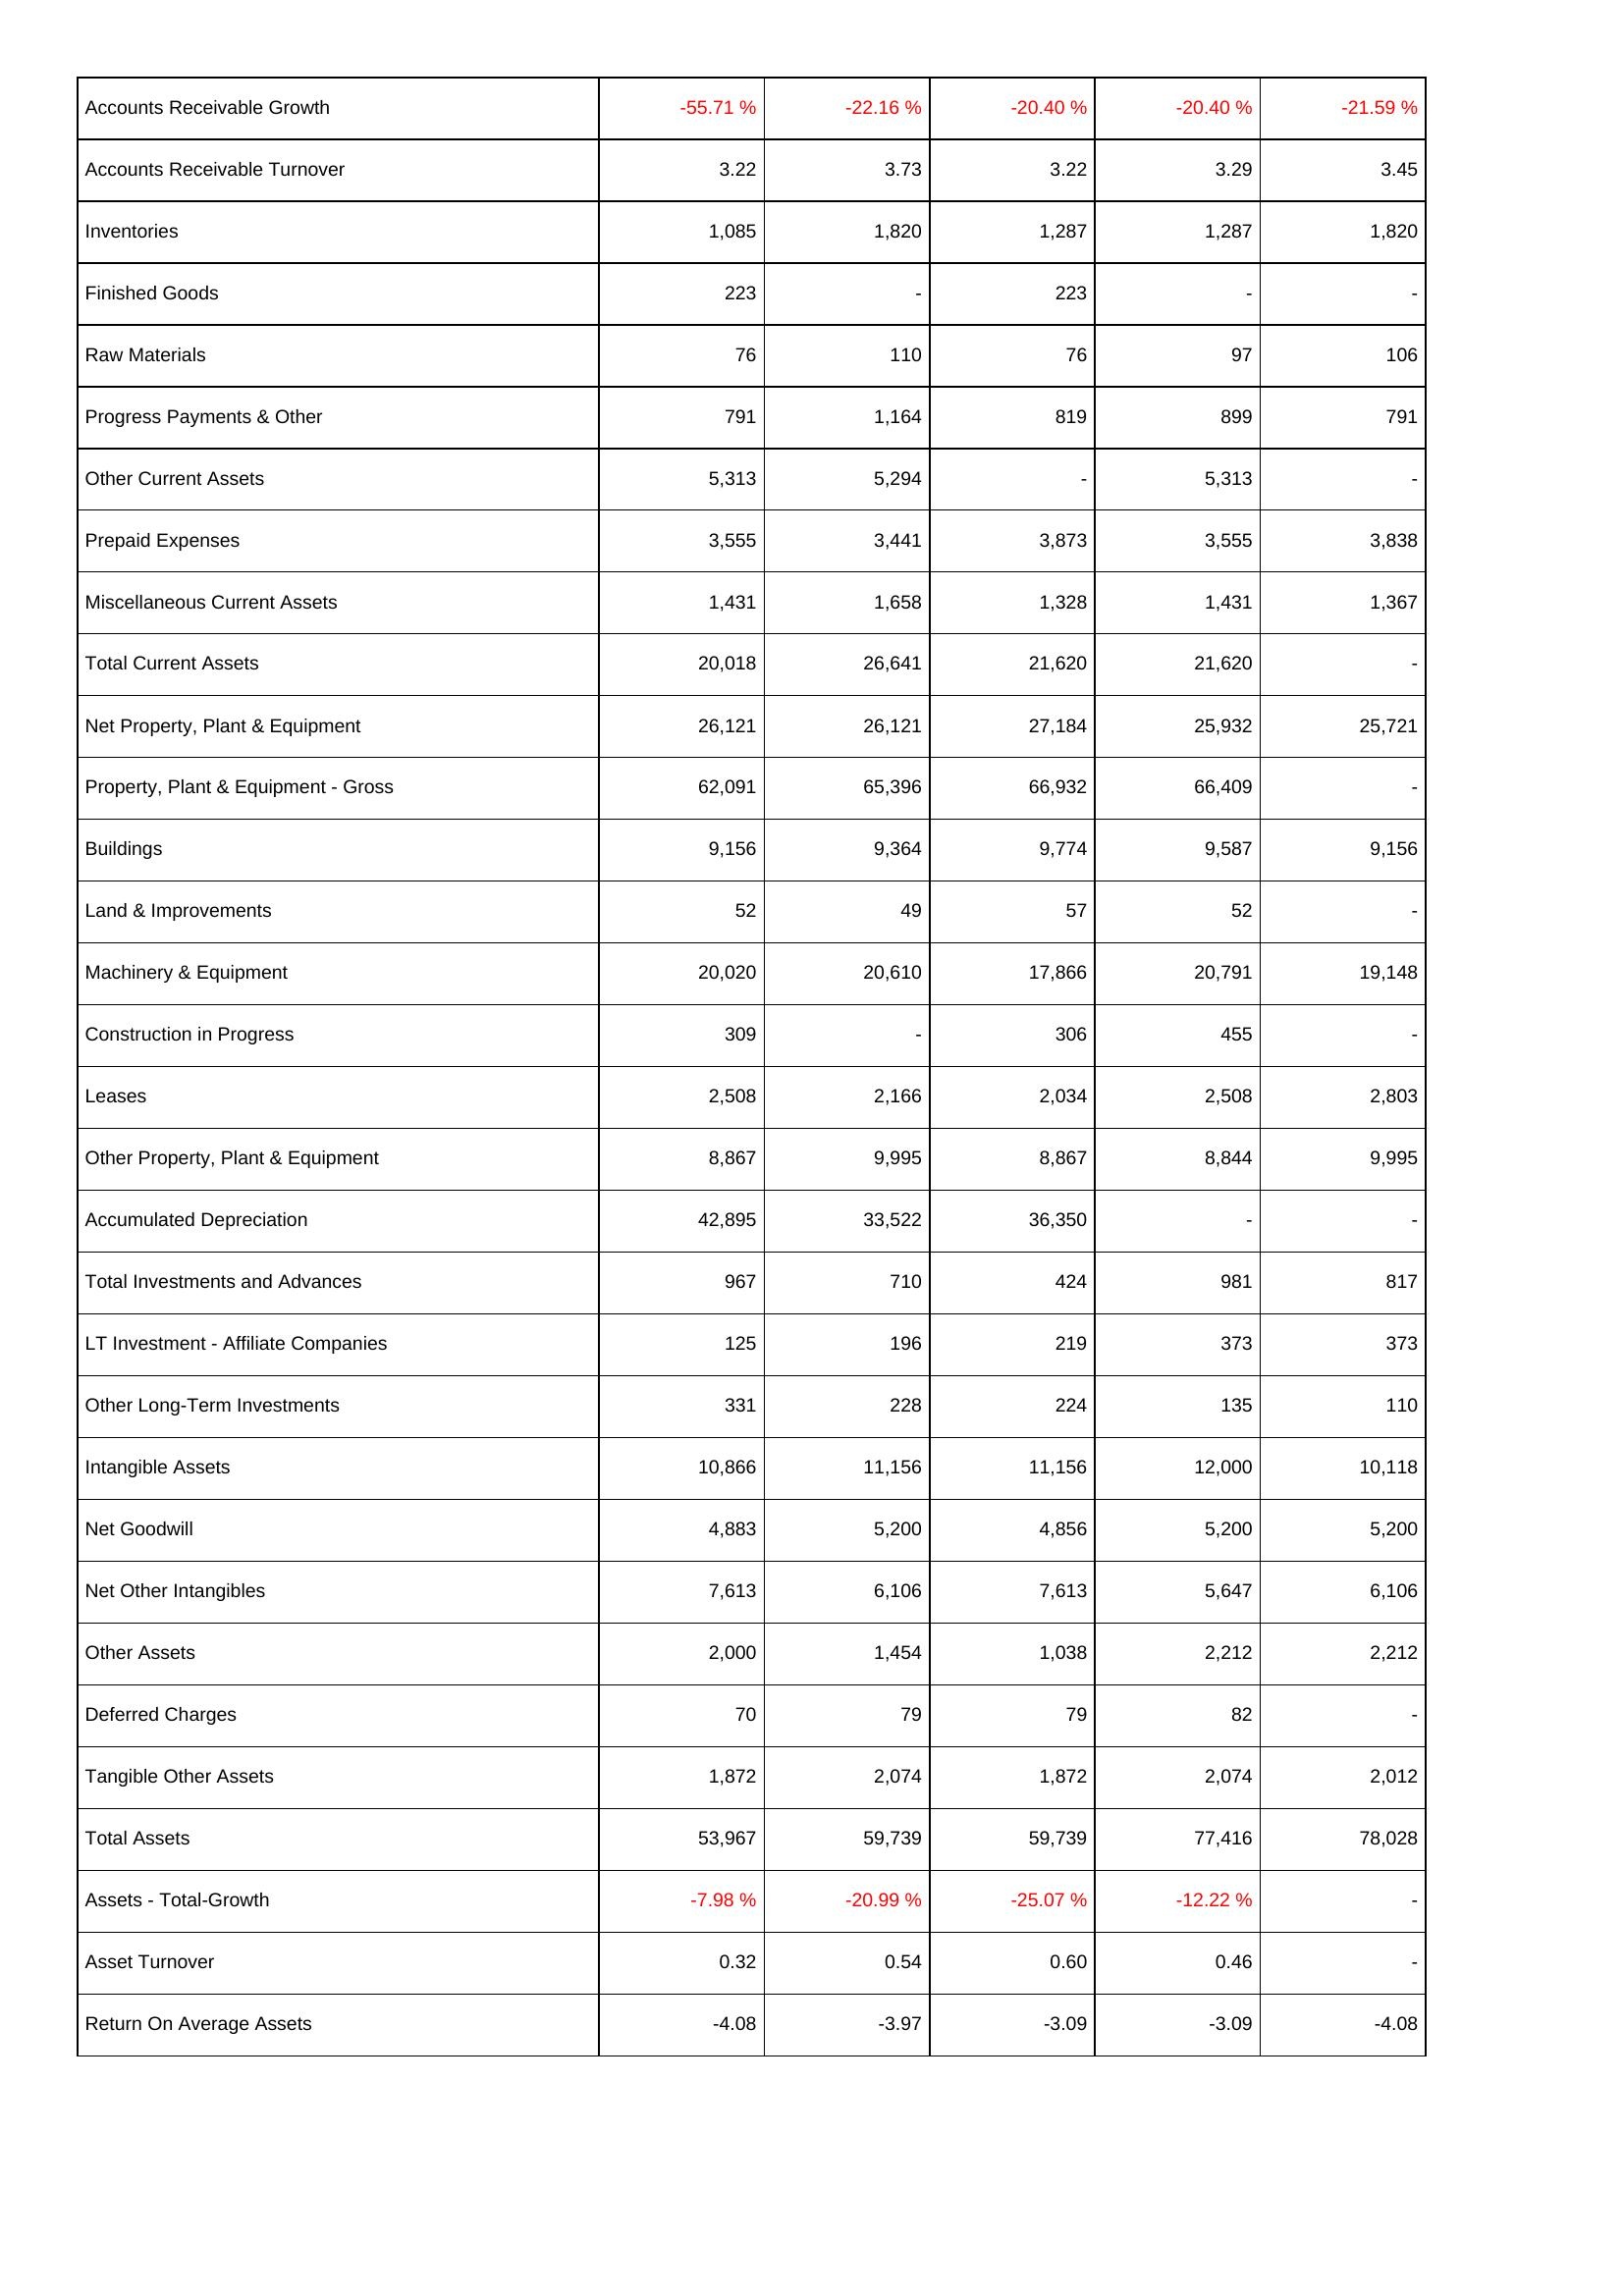
2011: Assets: Accounts Receivable Growth: -55.71 %
Accounts Receivable Turnover: 3.22
Inventories: 1,085
Finished Goods: 223
Raw Materials: 76
Progress Payments & Other: 791
Other Current Assets: 5,313
Prepaid Expenses: 3,555
Miscellaneous Current Assets: 1,431
Total Current Assets: 20,018
Net Property, Plant & Equipment: 26,121
Property, Plant & Equipment - Gross: 62,091
Buildings: 9,156
Land & Improvements: 52
Machinery & Equipment: 20,020
Construction in Progress: 309
Leases: 2,508
Other Property, Plant & Equipment: 8,867
Accumulated Depreciation: 42,895
Total Investments and Advances: 967
LT Investment - Affiliate Companies: 125
Other Long-Term Investments: 331
Intangible Assets: 10,866
Net Goodwill: 4,883
Net Other Intangibles: 7,613
Other Assets: 2,000
Deferred Charges: 70
Tangible Other Assets: 1,872
Total Assets: 53,967
Assets - Total-Growth: -7.98 %
Asset Turnover: 0.32
Return On Average Assets: -4.08
2012: Assets: Accounts Receivable Growth: -22.16 %
Accounts Receivable Turnover: 3.73
Inventories: 1,820
Finished Goods: -
Raw Materials: 110
Progress Payments & Other: 1,164
Other Current Assets: 5,294
Prepaid Expenses: 3,441
Miscellaneous Current Assets: 1,658
Total Current Assets: 26,641
Net Property, Plant & Equipment: 26,121
Property, Plant & Equipment - Gross: 65,396
Buildings: 9,364
Land & Improvements: 49
Machinery & Equipment: 20,610
Construction in Progress: -
Leases: 2,166
Other Property, Plant & Equipment: 9,995
Accumulated Depreciation: 33,522
Total Investments and Advances: 710
LT Investment - Affiliate Companies: 196
Other Long-Term Investments: 228
Intangible Assets: 11,156
Net Goodwill: 5,200
Net Other Intangibles: 6,106
Other Assets: 1,454
Deferred Charges: 79
Tangible Other Assets: 2,074
Total Assets: 59,739
Assets - Total-Growth: -20.99 %
Asset Turnover: 0.54
Return On Average Assets: -3.97
2013: Assets: Accounts Receivable Growth: -20.40 %
Accounts Receivable Turnover: 3.22
Inventories: 1,287
Finished Goods: 223
Raw Materials: 76
Progress Payments & Other: 819
Other Current Assets: -
Prepaid Expenses: 3,873
Miscellaneous Current Assets: 1,328
Total Current Assets: 21,620
Net Property, Plant & Equipment: 27,184
Property, Plant & Equipment - Gross: 66,932
Buildings: 9,774
Land & Improvements: 57
Machinery & Equipment: 17,866
Construction in Progress: 306
Leases: 2,034
Other Property, Plant & Equipment: 8,867
Accumulated Depreciation: 36,350
Total Investments and Advances: 424
LT Investment - Affiliate Companies: 219
Other Long-Term Investments: 224
Intangible Assets: 11,156
Net Goodwill: 4,856
Net Other Intangibles: 7,613
Other Assets: 1,038
Deferred Charges: 79
Tangible Other Assets: 1,872
Total Assets: 59,739
Assets - Total-Growth: -25.07 %
Asset Turnover: 0.60
Return On Average Assets: -3.09
2014: Assets: Accounts Receivable Growth: -20.40 %
Accounts Receivable Turnover: 3.29
Inventories: 1,287
Finished Goods: -
Raw Materials: 97
Progress Payments & Other: 899
Other Current Assets: 5,313
Prepaid Expenses: 3,555
Miscellaneous Current Assets: 1,431
Total Current Assets: 21,620
Net Property, Plant & Equipment: 25,932
Property, Plant & Equipment - Gross: 66,409
Buildings: 9,587
Land & Improvements: 52
Machinery & Equipment: 20,791
Construction in Progress: 455
Leases: 2,508
Other Property, Plant & Equipment: 8,844
Accumulated Depreciation: -
Total Investments and Advances: 981
LT Investment - Affiliate Companies: 373
Other Long-Term Investments: 135
Intangible Assets: 12,000
Net Goodwill: 5,200
Net Other Intangibles: 5,647
Other Assets: 2,212
Deferred Charges: 82
Tangible Other Assets: 2,074
Total Assets: 77,416
Assets - Total-Growth: -12.22 %
Asset Turnover: 0.46
Return On Average Assets: -3.09
2015: Assets: Accounts Receivable Growth: -21.59 %
Accounts Receivable Turnover: 3.45
Inventories: 1,820
Finished Goods: -
Raw Materials: 106
Progress Payments & Other: 791
Other Current Assets: -
Prepaid Expenses: 3,838
Miscellaneous Current Assets: 1,367
Total Current Assets: -
Net Property, Plant & Equipment: 25,721
Property, Plant & Equipment - Gross: -
Buildings: 9,156
Land & Improvements: -
Machinery & Equipment: 19,148
Construction in Progress: -
Leases: 2,803
Other Property, Plant & Equipment: 9,995
Accumulated Depreciation: -
Total Investments and Advances: 817
LT Investment - Affiliate Companies: 373
Other Long-Term Investments: 110
Intangible Assets: 10,118
Net Goodwill: 5,200
Net Other Intangibles: 6,106
Other Assets: 2,212
Deferred Charges: -
Tangible Other Assets: 2,012
Total Assets: 78,028
Assets - Total-Growth: -
Asset Turnover: -
Return On Average Assets: -4.08